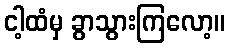
ငါ့ထံမှ ခွာသွားကြလော့။